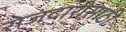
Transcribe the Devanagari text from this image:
रोजंदारीसाठी